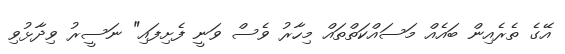
އޭގެ ތެރެއިން ބައެއް މަސައްކަތްތައް މިހާރު ވެސް ވަނީ ފެށިފައި" ނަސީރު ވިދާޅުވި